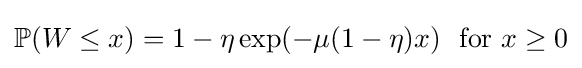
\mathbb {P} (W\leq x)=1-\eta \exp(-\mu (1-\eta )x)~{\text{ for }}x\geq 0